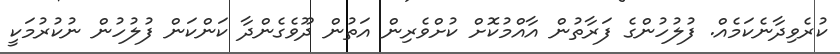
ކުރެވިދާނެކަމެއް. ފުލުހުންގެ ފަރާތުން އާއްމުކޮށް ކުށްވެރިން އަތުން ދޫވެގެންދާ ކަންކަން ފުލުހުން ނުކުރުމަކީ